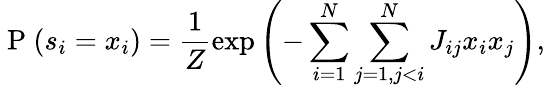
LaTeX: \mathrm{~P~}(s_{i}=x_{i})=\frac{1}{Z}\exp\left(-\sum_{i=1}^{N}\sum_{j=1,j<i}^{N}J_{ij}x_{i}x_{j}\right),